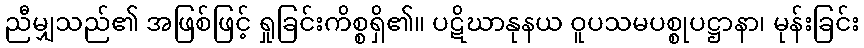
ညီမျှသည်၏ အဖြစ်ဖြင့် ရှုခြင်းကိစ္စရှိ၏။ ပဋိဃာနုနယ ဝူပသမပစ္စုပဋ္ဌာနာ၊ မုန်းခြင်း